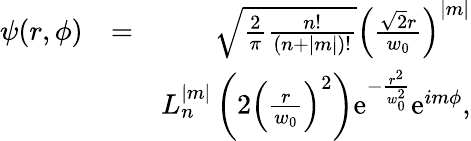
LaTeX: \begin{array}{rlr}{\psi(r,\phi)}&{=}&{\sqrt{\frac{2}{\pi}\frac{n!}{(n+|m|)!}}\left(\frac{\sqrt{2}r}{w_{0}}\right)^{|m|}}\\ &{}&{L_{n}^{|m|}\left(2\left(\frac{r}{w_{0}}\right)^{2}\right)\mathrm{e}^{-\frac{r^{2}}{w_{0}^{2}}}\mathrm{e}^{im\phi},}\end{array}